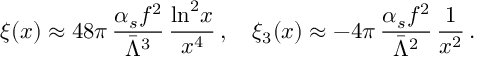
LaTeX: \xi ( x ) \approx 4 8 \pi \, \frac { \alpha _ { s } f ^ { 2 } } { \bar { \Lambda } ^ { 3 } } \, \frac { \ln ^ { 2 } \! x } { x ^ { 4 } } \, , \quad \xi _ { 3 } ( x ) \approx - 4 \pi \, \frac { \alpha _ { s } f ^ { 2 } } { \bar { \Lambda } ^ { 2 } } \, \frac { 1 } { x ^ { 2 } } \, .